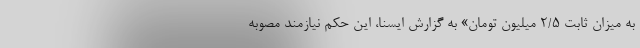
به میزان ثابت ۲/۵ میلیون تومان» به گزارش ایسنا، این حکم نیازمند مصوبه